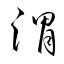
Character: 渭